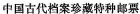
中国古代档案珍藏特种邮票